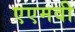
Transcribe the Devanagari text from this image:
एएमवी